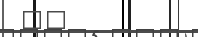
٦٦